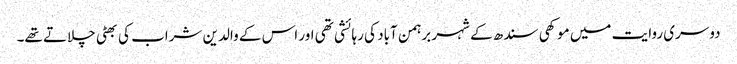
دوسری روایت میں موکھی سندھ کے شہر برہمن آباد کی رہائشی تھی اور اس کے والدین شراب کی بھٹی چلاتے تھے۔